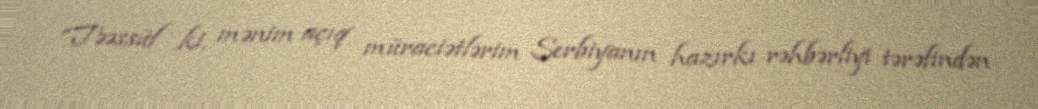
“Təəssüf ki, mənim açıq müraciətlərim Serbiyanın hazırkı rəhbərliyi tərəfindən